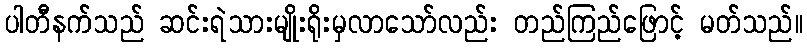
ပါတီနက်သည် ဆင်းရဲသားမျိုးရိုးမှလာသော်လည်း တည်ကြည်ဖြောင့် မတ်သည်။